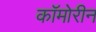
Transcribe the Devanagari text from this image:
कॉमोरीन